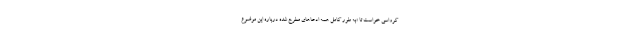
کرواسی خواست تا «به طور کامل همه ادعاهای مطرح شده درباره این موضوع